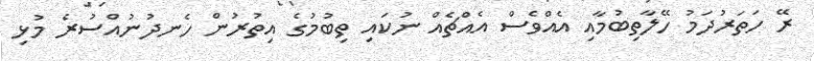
ރޭ ހަތަރުދަމު ހޭލާތިބުމާއި އެއްވެސް އެއްޗެއް ނުކައި ތިބުމުގެ އިތުރުން ހެނދުނުއްސުރެ މުޅި